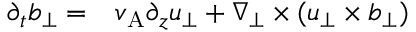
\begin{array} { r l } { \partial _ { t } \boldsymbol { b } _ { \perp } = } & { { } v _ { \mathrm { A } } \partial _ { z } \boldsymbol { u } _ { \perp } + \nabla _ { \perp } \times ( \boldsymbol { u } _ { \perp } \times \boldsymbol { b } _ { \perp } ) } \end{array}